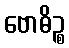
ဗောဓိဉ္စ